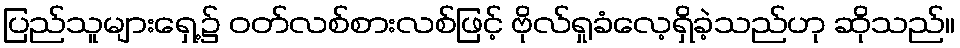
ပြည်သူများရှေ့၌ ဝတ်လစ်စားလစ်ဖြင့် ဗိုလ်ရှုခံလေ့ရှိခဲ့သည်ဟု ဆိုသည်။